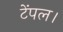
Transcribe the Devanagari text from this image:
टेंपल।